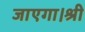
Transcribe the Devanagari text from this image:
जाएगा।श्री